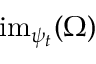
{ \mathrm { i m } } _ { \psi _ { t } } ( \Omega )